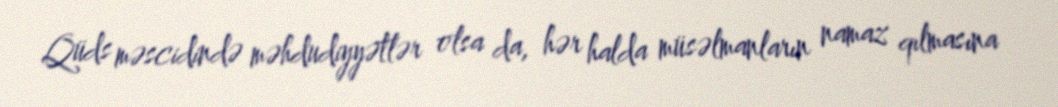
Qüds məscidində məhdudiyyətlər olsa da, hər halda müsəlmanların namaz qılmasına